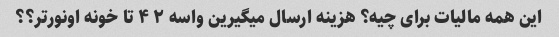
این همه مالیات برای چیه؟ هزینه ارسال میگیرین واسه ۲ ۴ تا خونه اونور‌تر؟؟